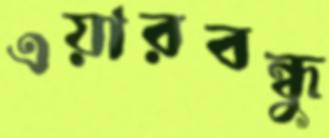
এয়ারবন্ধু